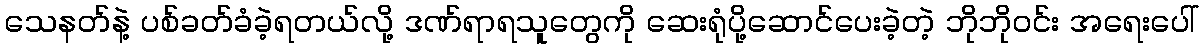
သေနတ်နဲ့ ပစ်ခတ်ခံခဲ့ရတယ်လို့ ဒဏ်ရာရသူတွေကို ဆေးရုံပို့ဆောင်ပေးခဲ့တဲ့ ဘိုဘိုဝင်း အရေးပေါ်